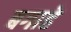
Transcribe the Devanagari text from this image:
बगाहे